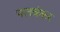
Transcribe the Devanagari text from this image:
पलवंकर